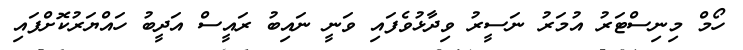
ހޯމް މިނިސްޓަރު އުމަރު ނަސީރު ވިދާޅުވެފައި ވަނީ ނައިބު ރައީސް އަދީބު ހައްޔަރުކޮށްފައި